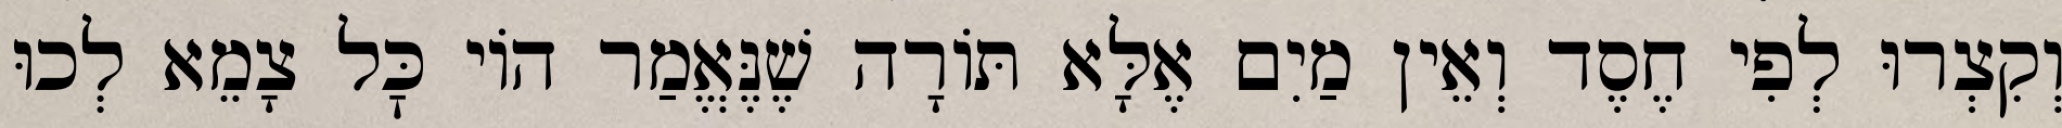
וְקִצְרוּ לְפִי חֶסֶד וְאֵין מַיִם אֶלָּא תּוֹרָה שֶׁנֶּאֱמַר הוֹי כׇּל צָמֵא לְכוּ